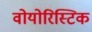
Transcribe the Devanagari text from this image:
वोयोरिस्टिक